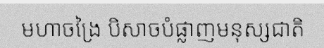
មហាចង្រៃ បិសាចបំផ្លាញមនុស្សជាតិ